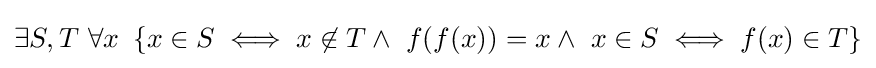
\exists S,T~\forall x~\left\{x\in S\iff x\not \in T\land ~f(f(x))=x\land ~x\in S\iff f(x)\in T\right\}